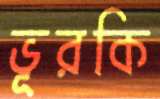
ভূরকি